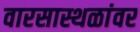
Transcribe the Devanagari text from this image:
वारसास्थळांवर